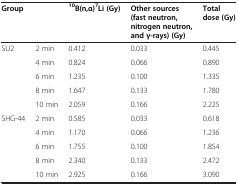
<table><thead><tr><td colspan="2"><b>Group</b></td><td><b><sup>10</sup>B(n,α)<sup>7</sup>Li (Gy)</b></td><td><b>Other sources (fast neutron, nitrogen neutron, and γ-rays) (Gy)</b></td><td><b>Total dose (Gy)</b></td></tr></thead><tbody><tr><td rowspan="5">SU2</td><td>2 min</td><td>0.412</td><td>0.033</td><td>0.445</td></tr><tr><td>4 min</td><td>0.824</td><td>0.066</td><td>0.890</td></tr><tr><td>6 min</td><td>1.235</td><td>0.100</td><td>1.335</td></tr><tr><td>8 min</td><td>1.647</td><td>0.133</td><td>1.780</td></tr><tr><td>10 min</td><td>2.059</td><td>0.166</td><td>2.225</td></tr><tr><td rowspan="4">SHG-44</td><td>2 min</td><td>0.585</td><td>0.033</td><td>0.618</td></tr><tr><td>4 min</td><td>1.170</td><td>0.066</td><td>1.236</td></tr><tr><td>6 min</td><td>1.755</td><td>0.100</td><td>1.854</td></tr><tr><td>8 min</td><td>2.340</td><td>0.133</td><td>2.472</td></tr><tr><td>[EMPTY_CELL]</td><td>10 min</td><td>2.925</td><td>0.166</td><td>3.090</td></tr></tbody></table>